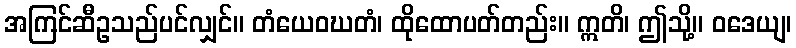
အကြင်ဆီဥသည်ပင်လျှင်။ တံယေဝဃတံ၊ ထိုထောပတ်တည်း။ ဣတိ၊ ဤသို့။ ဝဒေယျ၊